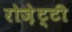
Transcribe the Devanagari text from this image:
रोज़ेट्टी